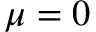
\mu = 0